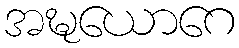
အဍ္ဎယောဂေ